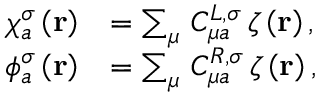
\begin{array} { r l } { \chi _ { a } ^ { \sigma } \left( \mathbf { r } \right) } & { = \sum _ { \mu } \, C _ { \mu a } ^ { L , \sigma } \, \zeta \left( \mathbf { r } \right) \mathrm { , } } \\ { \phi _ { a } ^ { \sigma } \left( \mathbf { r } \right) } & { = \sum _ { \mu } \, C _ { \mu a } ^ { R , \sigma } \, \zeta \left( \mathbf { r } \right) \mathrm { , } } \end{array}